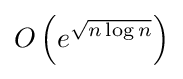
O\left(e^{\sqrt {n\log n}}\right)